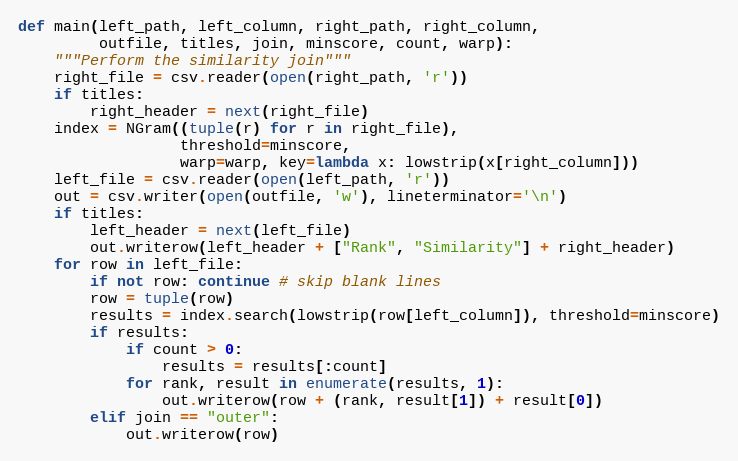
Language: Python
def main(left_path, left_column, right_path, right_column,
         outfile, titles, join, minscore, count, warp):
    """Perform the similarity join"""
    right_file = csv.reader(open(right_path, 'r'))
    if titles:
        right_header = next(right_file)
    index = NGram((tuple(r) for r in right_file),
                  threshold=minscore,
                  warp=warp, key=lambda x: lowstrip(x[right_column]))
    left_file = csv.reader(open(left_path, 'r'))
    out = csv.writer(open(outfile, 'w'), lineterminator='\n')
    if titles:
        left_header = next(left_file)
        out.writerow(left_header + ["Rank", "Similarity"] + right_header)
    for row in left_file:
        if not row: continue # skip blank lines
        row = tuple(row)
        results = index.search(lowstrip(row[left_column]), threshold=minscore)
        if results:
            if count > 0:
                results = results[:count]
            for rank, result in enumerate(results, 1):
                out.writerow(row + (rank, result[1]) + result[0])
        elif join == "outer":
            out.writerow(row)